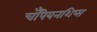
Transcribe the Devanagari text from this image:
चँपियनशिप्स